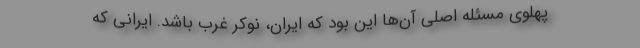
پهلوی مسئله اصلی آن‌ها این بود که ایران، نوکر غرب باشد. ایرانی که